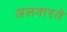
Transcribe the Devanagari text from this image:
अलवारते